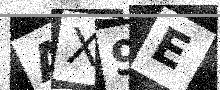
Text: AX9E